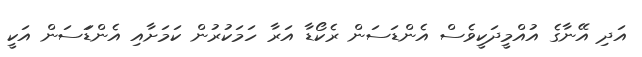
އަދި އޭނާގެ އުއްމީދަކީވެސް އެންޑަސަން ރެކޯޑާ އަރާ ހަމަކުރުން ކަމަށާއި އެންޑަަސަން އަކީ